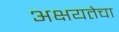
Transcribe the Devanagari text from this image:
अक्षयतेचा